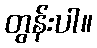
တွန်းပါ။